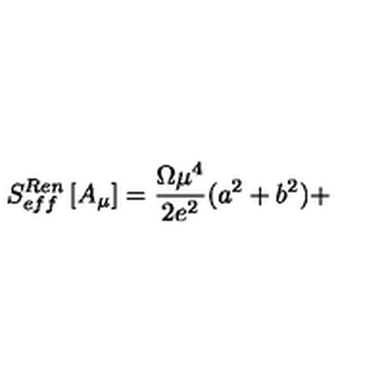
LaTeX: S _ { e f f } ^ { R e n } \left[ A _ { \mu } \right] = \frac { \Omega { \mu } ^ { 4 } } { 2 e ^ { 2 } } ( a ^ { 2 } + b ^ { 2 } ) +